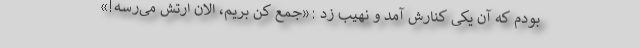
بودم که آن یکی کنارش آمد و نهیب زد :«جمع کن بریم، الان ارتش می‌رسه!»